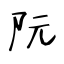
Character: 阮